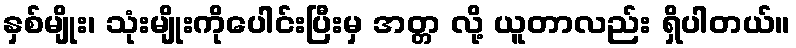
နှစ်မျိုး၊ သုံးမျိုးကိုပေါင်းပြီးမှ အတ္တ လို့ ယူတာလည်း ရှိပါတယ်။